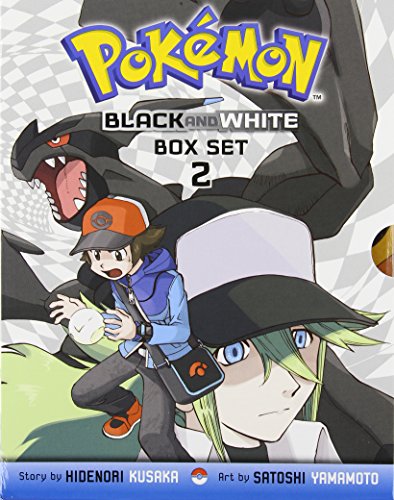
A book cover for Pokemon Black and White Box Set 2: Includes Volumes 9-14; Hidenori Kusaka; Children's Books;